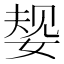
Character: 𫰹